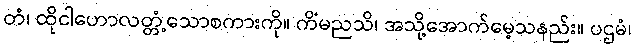
တံ၊ ထိုငါဟောလတ္တံ့သောစကားကို။ ကိံမညသိ၊ အသို့အောက်မေ့သနည်း။ ပဌမံ၊